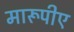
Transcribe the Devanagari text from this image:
मारूपीए